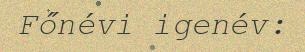
Főnévi igenév: